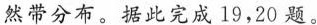
然带分布。据此完成19，20题。